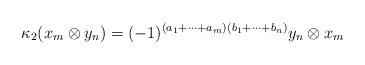
LaTeX: \begin{align*}\kappa_2(x_m\otimes y_n)=(-1)^{(a_1+\dots+a_m)(b_1+\dots+b_n)}y_n\otimes x_m\end{align*}